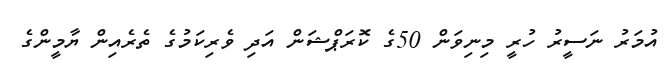
އުމަރު ނަސީރު ހުރީ މިނިވަން 50ގެ ކޮރަޕްޝަން އަދި ވެރިކަމުގެ ތެރެއިން ޔާމީންގެ